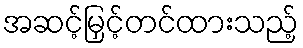
အဆင့်မြှင့်တင်ထားသည့်